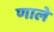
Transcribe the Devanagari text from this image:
णाले